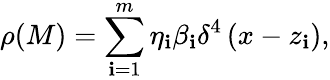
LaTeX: \rho(M)=\sum_{\mathbf{i}=1}^{m}\eta_{\mathbf{i}}\beta_{\mathbf{i}}\delta^{4}\left(x-z_{\mathbf{i}}\right),